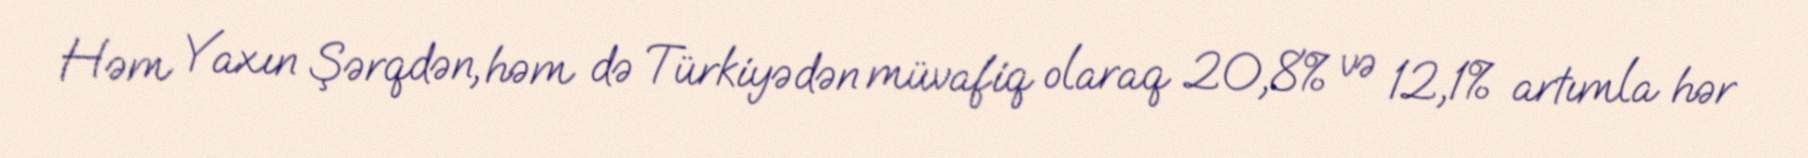
Həm Yaxın Şərqdən, həm də Türkiyədən müvafiq olaraq 20,8% və 12,1% artımla hər